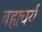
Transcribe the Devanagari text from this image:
बह्यचर्य